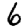
Digit: 6